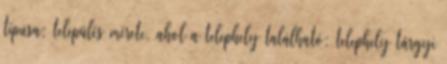
típusa; település mérete, ahol a telephely található; telephely tárgyi